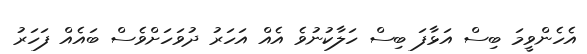
އެހެންވީމަ ބިސް އަޅާފަ ބިސް ހަލާކުނުވެ އެއް އަހަރު ދުވަހަށްވެސް ބައެއް ފަހަރު